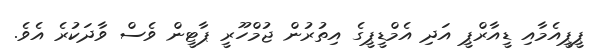
ޕީޕީއެމާއި ޑީއާރްޕީ އަދި އެމްޑީޕީގެ އިތުރުން ޖުމްހޫރީ ޕާޓީން ވެސް ވާދަކުރެ އެވެ.